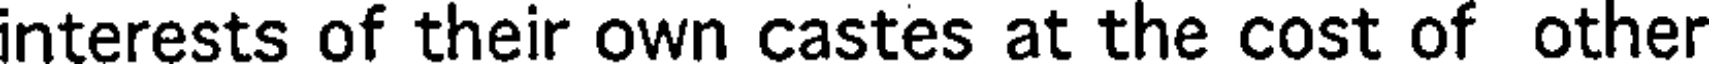
interests of their own castes at the cost of other